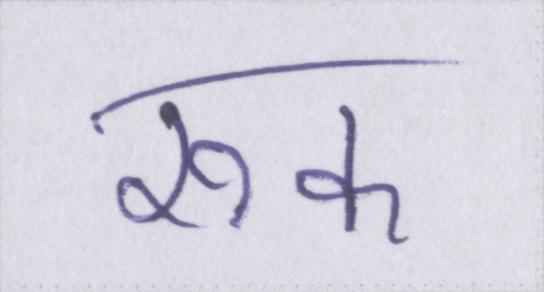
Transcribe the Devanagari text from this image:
रुक